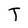
Character: T